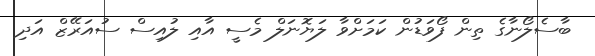
ބާސެލޯނާގެ ތިން ފޯވަޑުން ކަމަށްވާ ލަޔޮނަލް މެސީ އާއި ލުއިސް ސުއަރޭޒް އަދި